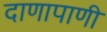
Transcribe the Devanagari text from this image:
दाणापाणी